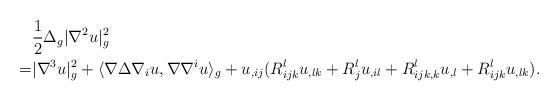
LaTeX: \begin{align*}&\frac{1}{2}\Delta_g |\nabla^2 u|_g^2\\=&|\nabla^3 u|_g^2+\langle\nabla \Delta \nabla_i u,\nabla \nabla^i u\rangle_g+u_{,ij}(R^l_{ijk}u_{,lk}+R_{j}^l u_{,il}+R_{ijk,k}^lu_{,l}+R_{ijk}^lu_{,lk}).\end{align*}